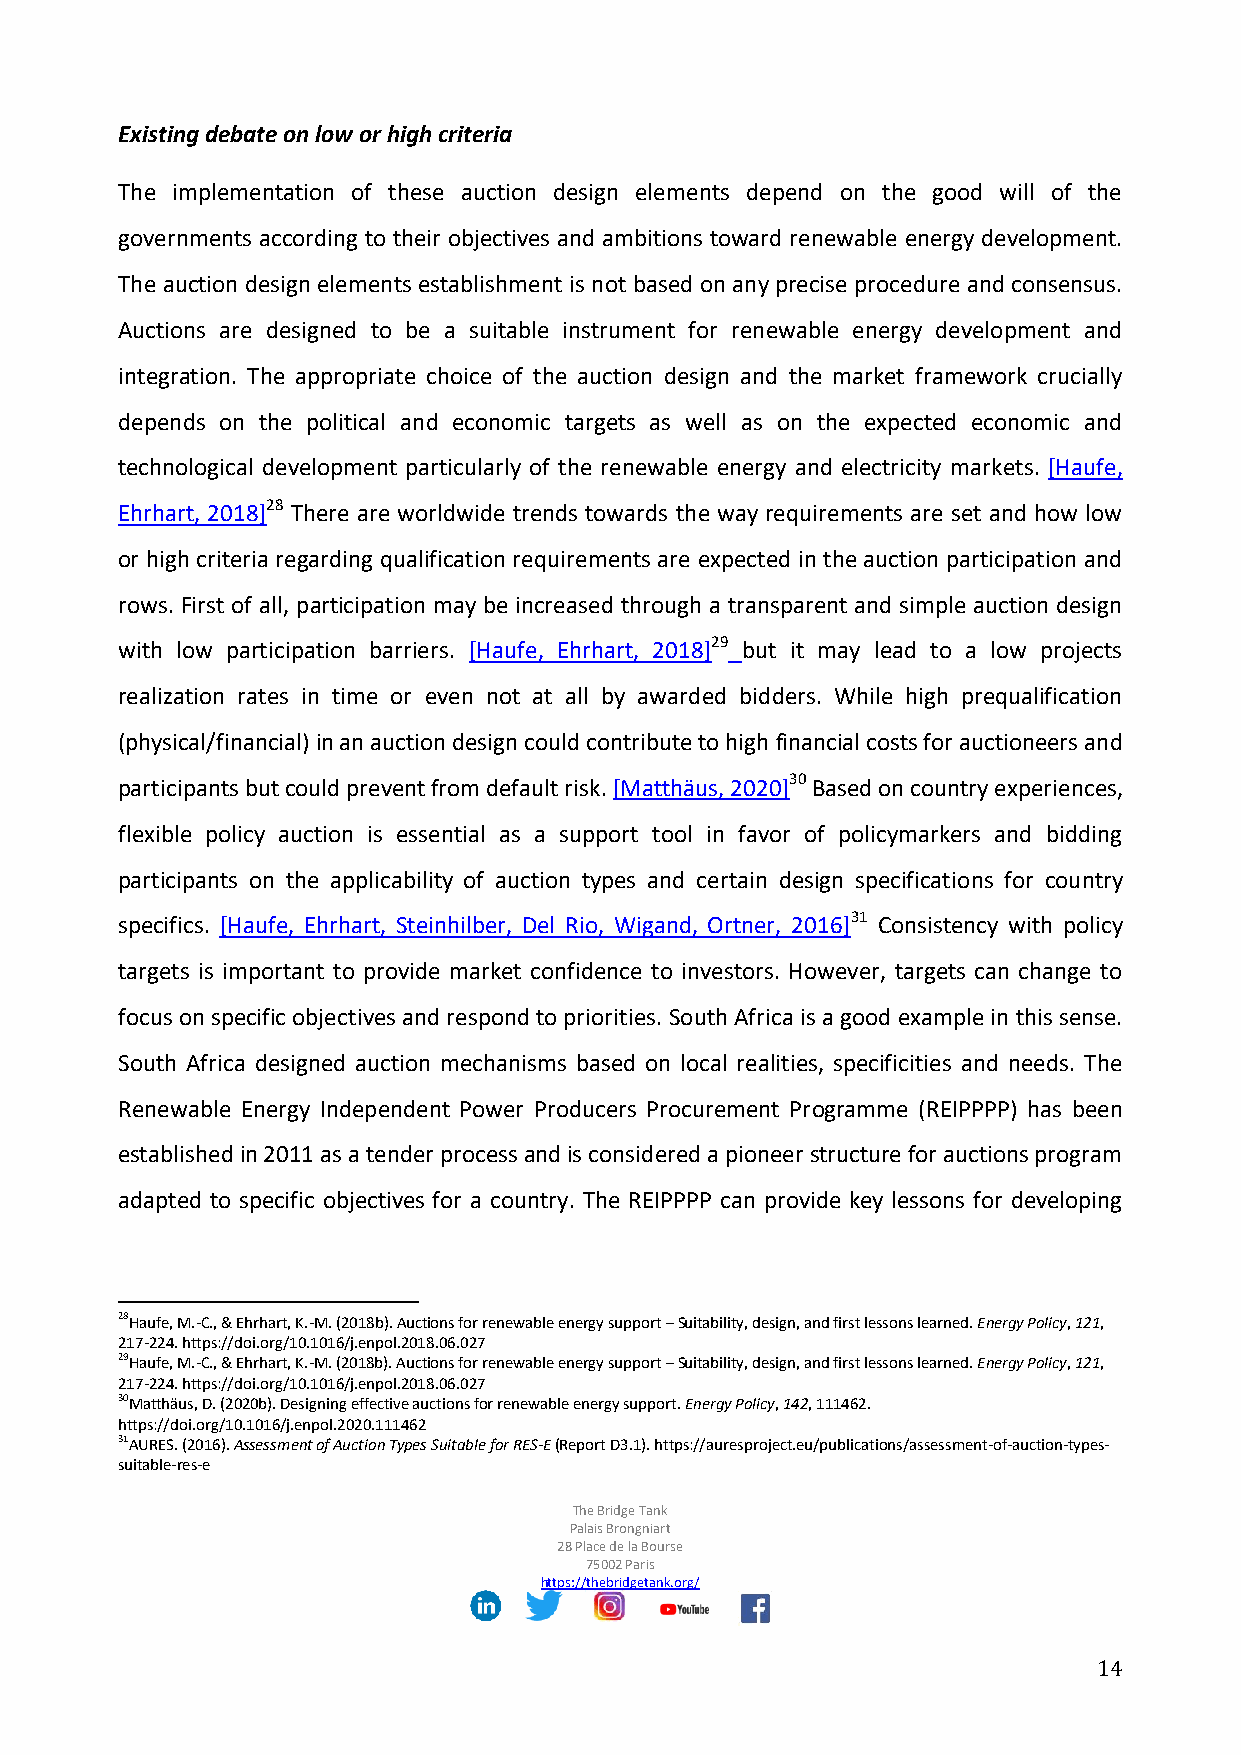
Existing debate on low or high criteria
 The implementation of these auction design elements depend on the good will of the
 governments according to their objectives and ambitions toward renewable energy development.
 The auction design elements establishment is not based on any precise procedure and consensus.
 Auctions are designed to be a suitable instrument for renewable energy development and
 integration. The appropriate choice of the auction design and the market framework crucially
 depends on the political and economic targets as well as on the expected economic and
 technological development particularly of the renewable energy and electricity markets. [Haufe,
 Ehrhart, 2018]28 There are worldwide trends towards the way requirements are set and how low
 or high criteria regarding qualification requirements are expected in the auction participation and
 rows. First of all, participation may be increased through a transparent and simple auction design
 with low participation barriers. [Haufe, Ehrhart, 2018]29 but it may lead to a low projects
 realization rates in time or even not at all by awarded bidders. While high prequalification
 (physical/financial) in an auction design could contribute to high financial costs for auctioneers and
 participants but could prevent from default risk. [Matthäus, 2020]30 Based on country experiences,
 flexible policy auction is essential as a support tool in favor of policymarkers and bidding
 participants on the applicability of auction types and certain design specifications for country
 specifics. [Haufe, Ehrhart, Steinhilber, Del Rio, Wigand, Ortner, 2016]31 Consistency with policy
 targets is important to provide market confidence to investors. However, targets can change to
 focus on specific objectives and respond to priorities. South Africa is a good example in this sense.
 South Africa designed auction mechanisms based on local realities, specificities and needs. The
 Renewable Energy Independent Power Producers Procurement Programme (REIPPPP) has been
 established in 2011 as a tender process and is considered a pioneer structure for auctions program
 adapted to specific objectives for a country. The REIPPPP can provide key lessons for developing
 28Haufe, M.-C., & Ehrhart, K.-M. (2018b). Auctions for renewable energy support – Suitability, design, and first lessons learned. Energy Policy, 121,
 217-224. https://doi.org/10.1016/j.enpol.2018.06.027
 29Haufe, M.-C., & Ehrhart, K.-M. (2018b). Auctions for renewable energy support – Suitability, design, and first lessons learned. Energy Policy, 121,
 217-224. https://doi.org/10.1016/j.enpol.2018.06.027
 30Matthäus, D. (2020b). Designing effective auctions for renewable energy support. Energy Policy, 142, 111462.
 https://doi.org/10.1016/j.enpol.2020.111462
 31AURES. (2016). Assessment of Auction Types Suitable for RES-E (Report D3.1). https://auresproject.eu/publications/assessment-of-auction-types-
 suitable-res-e
 The Bridge Tank
 Palais Brongniart
 28 Place de la Bourse
 75002 Paris
 https://thebridgetank.org/
 14